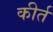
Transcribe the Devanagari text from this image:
कीर्त